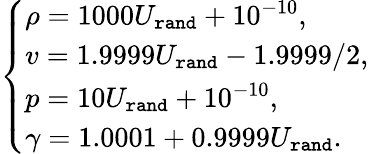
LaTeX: \begin{array}{r}{\left\{ \begin{array}{ll}{\rho=1000U_{\tt rand}+10^{-10},}\\ {v=1.9999U_{\tt rand}-1.9999/2,}\\ {p=10U_{\tt rand}+10^{-10},}\\ {\gamma=1.0001+0.9999U_{\tt rand}.}\end{array}\right.}\end{array}